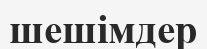
шешімдер